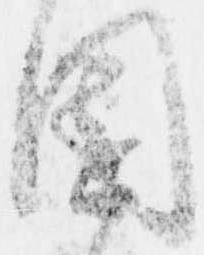
園